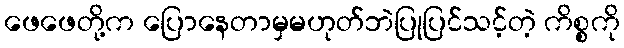
ဖေဖေတို့က ပြောနေတာမှမဟုတ်ဘဲပြုပြင်သင့်တဲ့ ကိစ္စကို